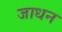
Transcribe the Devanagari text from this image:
जाधन